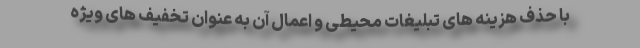
با حذف هزینه های تبلیغات محیطی و اعمال آن به عنوان تخفیف های ویژه